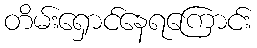
တိမ်းရှောင်နေရကြောင်း